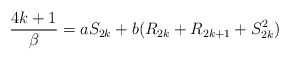
\begin{align*}{4 k+1 \over \beta} = a S_{2k} + b (R_{2k} + R_{2k+1} + S_{2k}^{2})\end{align*}